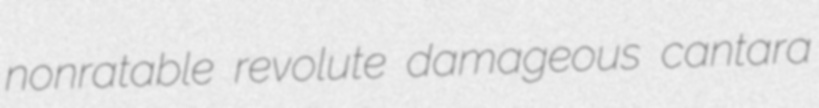
nonratable revolute damageous cantara